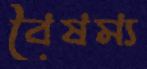
বৈষম্য